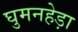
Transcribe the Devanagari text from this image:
घुमनहेड़ा